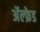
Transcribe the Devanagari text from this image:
अॅल्फ्रेड